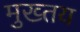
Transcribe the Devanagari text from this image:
मुख्तय